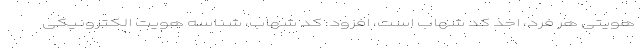
هویتی هر فرد، اخذ کد شهاب است، افزود: کد شهاب، شناسه هویت الکترونیکی